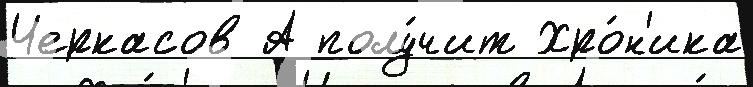
Черкасов А полу́чит Хро́н'ика